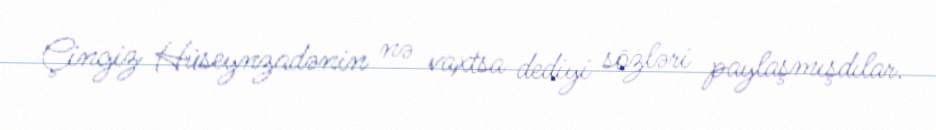
Çingiz Hüseynzadənin nə vaxtsa dediyi sözləri paylaşmışdılar.